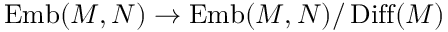
\operatorname { E m b } ( M , N ) \to \operatorname { E m b } ( M , N ) / \operatorname { D i f f } ( M )